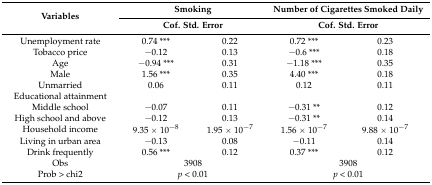
<table><thead><tr><td rowspan="2"><b>Variables</b></td><td colspan="2"><b>Smoking</b></td><td colspan="2"><b>Number of Cigarettes Smoked Daily</b></td></tr><tr><td colspan="2"><b>Cof. Std. Error</b></td><td colspan="2"><b>Cof. Std. Error</b></td></tr></thead><tbody><tr><td>Unemployment rate</td><td>0.74 ***</td><td>0.22</td><td>0.72 ***</td><td>0.23</td></tr><tr><td>Tobacco price</td><td>−0.12</td><td>0.13</td><td>−0.6 ***</td><td>0.18</td></tr><tr><td>Age</td><td>−0.94 ***</td><td>0.31</td><td>−1.18 ***</td><td>0.35</td></tr><tr><td>Male</td><td>1.56 ***</td><td>0.35</td><td>4.40 ***</td><td>0.18</td></tr><tr><td>Unmarried</td><td>0.06</td><td>0.11</td><td>0.12</td><td>0.11</td></tr><tr><td>Educational attainment</td><td></td><td></td><td></td><td></td></tr><tr><td>Middle school</td><td>−0.07</td><td>0.11</td><td>−0.31 **</td><td>0.12</td></tr><tr><td>High school and above</td><td>−0.12</td><td>0.13</td><td>−0.31 **</td><td>0.14</td></tr><tr><td>Household income</td><td>9.35 × 10<sup>−8</sup></td><td>1.95 × 10<sup>−7</sup></td><td>1.56 × 10<sup>−7</sup></td><td>9.88 × 10<sup>−7</sup></td></tr><tr><td>Living in urban area</td><td>−0.13</td><td>0.08</td><td>−0.11</td><td>0.14</td></tr><tr><td>Drink frequently</td><td>0.56 ***</td><td>0.12</td><td>0.37 ***</td><td>0.12</td></tr><tr><td>Obs</td><td colspan="2">3908</td><td colspan="2">3908</td></tr><tr><td>Prob &gt; chi2</td><td colspan="2"><i>p</i> &lt; 0.01</td><td colspan="2"><i>p</i> &lt; 0.01</td></tr></tbody></table>